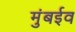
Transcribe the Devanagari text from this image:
मुंबईव